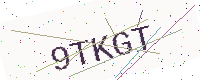
Text: 9TKGT